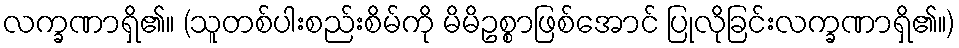
လက္ခဏာရှိ၏။ (သူတစ်ပါးစည်းစိမ်ကို မိမိဥစ္စာဖြစ်အောင် ပြုလိုခြင်းလက္ခဏာရှိ၏။)